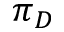
\pi _ { D }